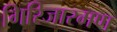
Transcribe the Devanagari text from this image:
गिरिजारमण